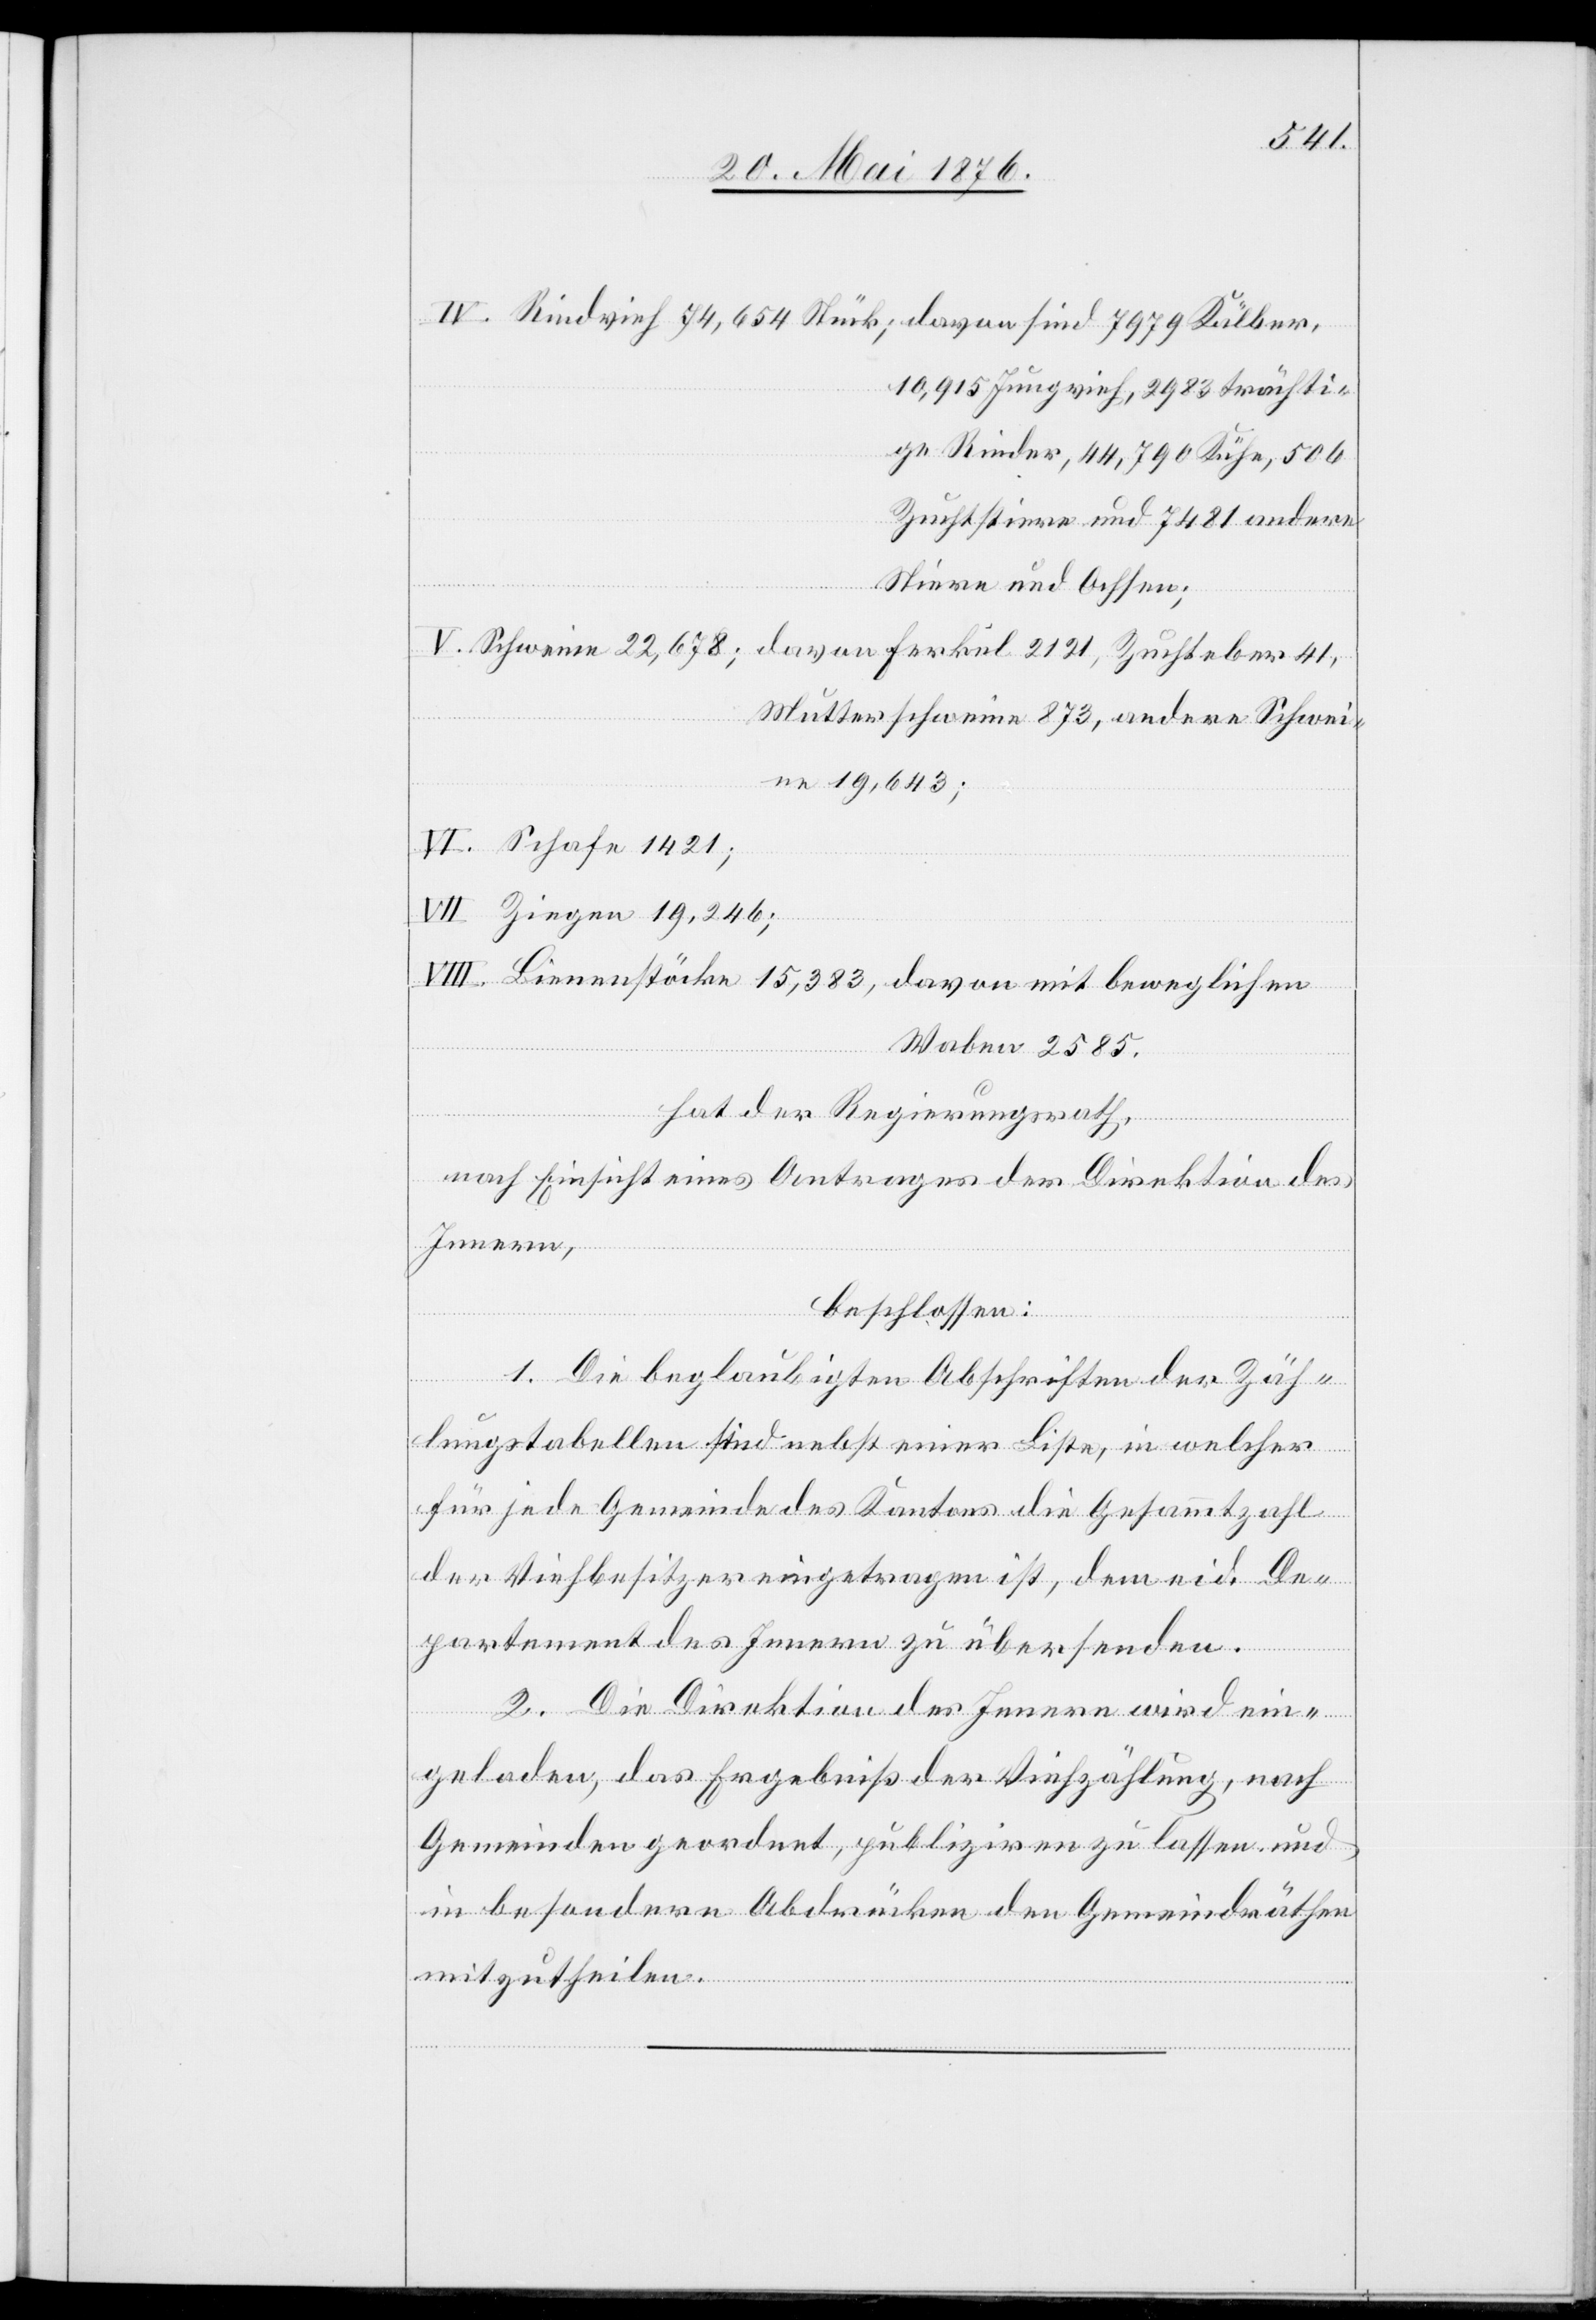
10,915 Jungvieh, 2983 trächti¬
ge Rinder, 44,790 Kühe, 506
Zuchtstiere und 7481 andere
Stiere und Ochsen;
Mutterschweine 873, andere Schwei¬
ne 19,643;
VI. Schafe 1421;
VII. Ziegen 19,246;
Waben 2585.
hat der Regierungsrath;
nach Einsicht eines Antrages der Direktion des
Innern,
beschlossen:
sind
1. Die beglaubigten Abschriften der Zäh¬
lungstabellen sind nebst einer Liste, in welcher
chen
für jede Gemeinde des Kantons die Gesammtzahl
der Viehbesitzer eingetragen ist, dem eid. De¬
partement des Innern zu übersenden.
2. Die Direktion des Innern wird ein¬
geladen, das Ergebniß der Viehzählung, nah
Gemeinden geordnet, publiziren zu lassen und
in besondern Abdrücken den Gemeindräthen
mitzutheilen.